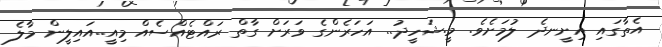
އެތާގައި އިށީނދެ ލުމަށެވެ. މީ.ޝަހީދު.. އަހަރެންގެ ވަރަށް ގާތް ރައްޓެއްސެއް މިއީ..އައިލީން މާލެ